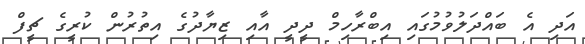
އަދި އެ ބައްދަލުވުމުގައި އިބްރާހިމް ދީދީ އާއި ޒިޔާދުގެ އިތުރުން ކުރީގެ ޗީފް